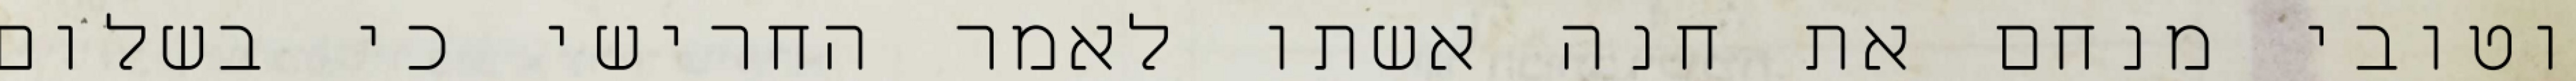
וטובי מנחם את חנה אשתו לאמר החרישי כי בשלום